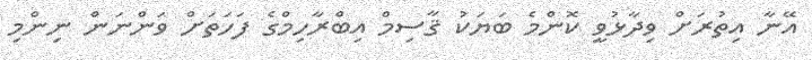
އޭނާ އިތުރަށް ވިދާޅުވީ ކޮންމެ ބަޔަކު ޤާސިމް އިބްރާހިމްގެ ފަހަތަށް ވަންނަން ނިންމި